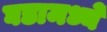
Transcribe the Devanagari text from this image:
घडामध्ये